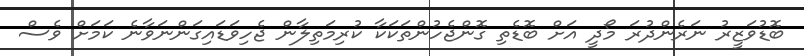
ބޮޑުވަޒީރު ނަރެންދުރަ މޯދީ އަށް ބޮޑެތި ގޮންޖެހުންތަކަކާ ކުރިމަތިލާން ޖެހިވަޑައިގަންނަވާނެ ކަމަށް ވެސް